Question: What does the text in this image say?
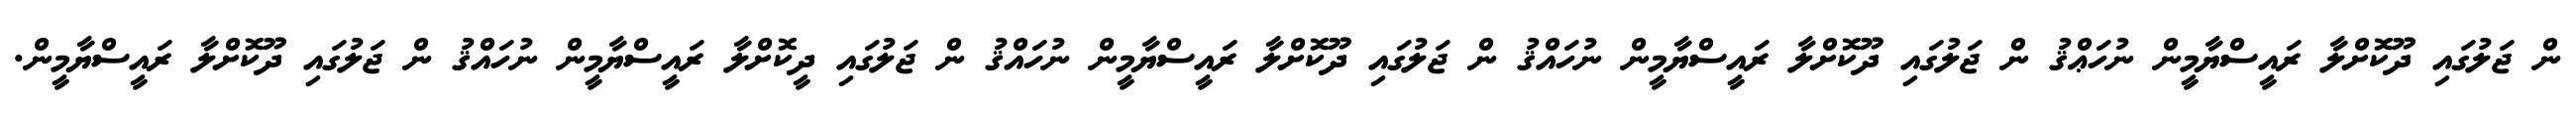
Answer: ން ޖަލުގައި ދޫކޮށްލާ ރައީސްޔާމީން ނުހަޢްޤު ން ޖަލުގައި ދޫކޮށްލާ ރައީސްޔާމީން ނުހައްޤު ން ޖަލުގައި ދޫކޮށްލާ ރައީސްޔާމީން ނުހައްޤު ން ޖަލުގައި ދީކޮށްލާ ރައީސްޔާމީން ނުހައްޤު ން ޖަލުގައި ދޫކޮށްލާ ރައީސްޔާމީން.